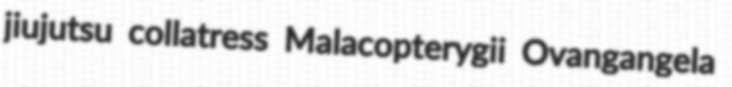
jiujutsu collatress Malacopterygii Ovangangela